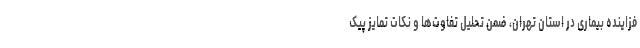
فزاینده بیماری در استان تهران، ضمن تحلیل تفاوت‌ها و نکات تمایز پیک